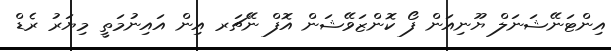
އިންޓަނޭޝަނަލް ޔޫނިއަން ފޯ ކޮންޒަވޭޝަން އޮފް ނޭޗަރ އިން އައިނުމަތީ މިޔަރު ރެޑް